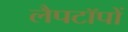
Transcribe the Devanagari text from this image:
लैपटॉपों